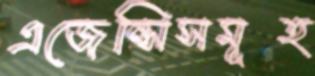
এজেন্সিসমূহ